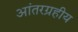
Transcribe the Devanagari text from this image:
आंतरग्रहीय